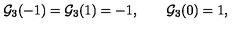
{ \cal G } _ { 3 } ( - 1 ) = { \cal G } _ { 3 } ( 1 ) = - 1 , \qquad { \cal G } _ { 3 } ( 0 ) = 1 ,